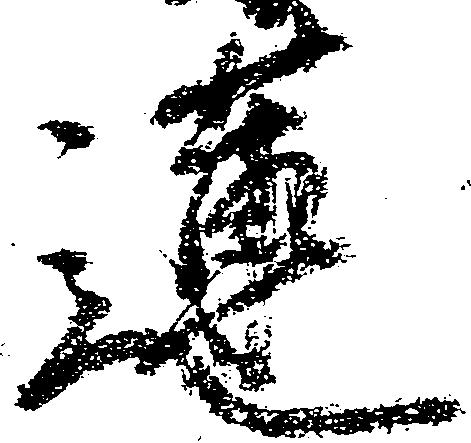
蓮